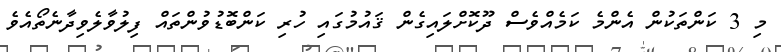
މި 3 ކަންތަކުން އެންމެ ކަމެއްވެސް ދޫކޮށްލައިގެން ޤައުމުގައި ހުރި ކަންބޮޑުވުންތައް ފިލުވާލެވިދާނެތޯއެވެ